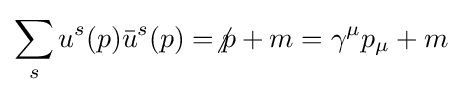
\sum _{s}u^{s}(p){\bar {u}}^{s}(p)=\not p+m=\gamma ^{\mu }p_{\mu }+m